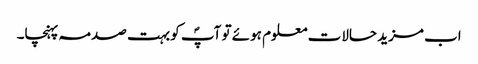
اب مزید حالات معلوم ہوئے تو آپؐ کو بہت صدمہ پہنچا۔